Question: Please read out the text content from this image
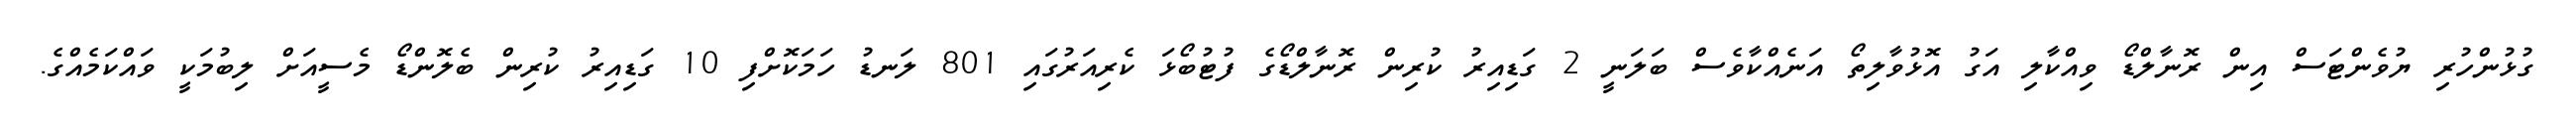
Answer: ގުޅުންހުރި ޔުވެންޓަސް އިން ރޮނާލްޑޯ ވިއްކާލި އަގު އޮޅުވާލިތޯ އަނެއްކާވެސް ބަލަނީ 2 ގަޑިއިރު ކުރިން ރޮނާލްޑޯގެ ފުޓުބޯޅަ ކެރިއަރުގައި 801 ލަނޑު ހަމަކޮށްފި 10 ގަޑިއިރު ކުރިން ބެލޮންޑޯ މެސީއަށް ލިބުމަކީ ވައްކަމެއްގެ.